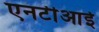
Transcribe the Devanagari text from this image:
एनटीआई